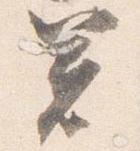
箸